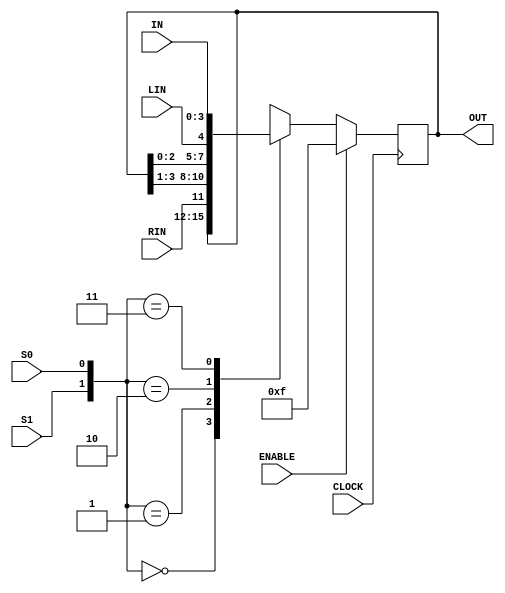

module REG4BIT(S1,S0,IN,LIN,RIN,OUT,CLOCK,ENABLE);

input S1,S0;      //Select inputs
input CLOCK,ENABLE;

input LIN,RIN;   //serial input
input [3:0] IN; //parallel input
output [3:0] OUT;
reg [3:0] OUT;   //register output

always @(posedge CLOCK)

 begin
 if(ENABLE) OUT=4'b1111;

 else 
   begin
   case({S1,S0})

    2'b00: OUT=OUT;     //HOLD
    2'b01: OUT={RIN,OUT[3:1]}; //Right Operation
    2'b10: OUT={OUT[2:0],LIN}; //Left OPeration
    2'b11: OUT=IN ;      //PArallely LOAD
   endcase
   end

 end
endmodule